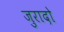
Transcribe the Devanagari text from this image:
जुरादो